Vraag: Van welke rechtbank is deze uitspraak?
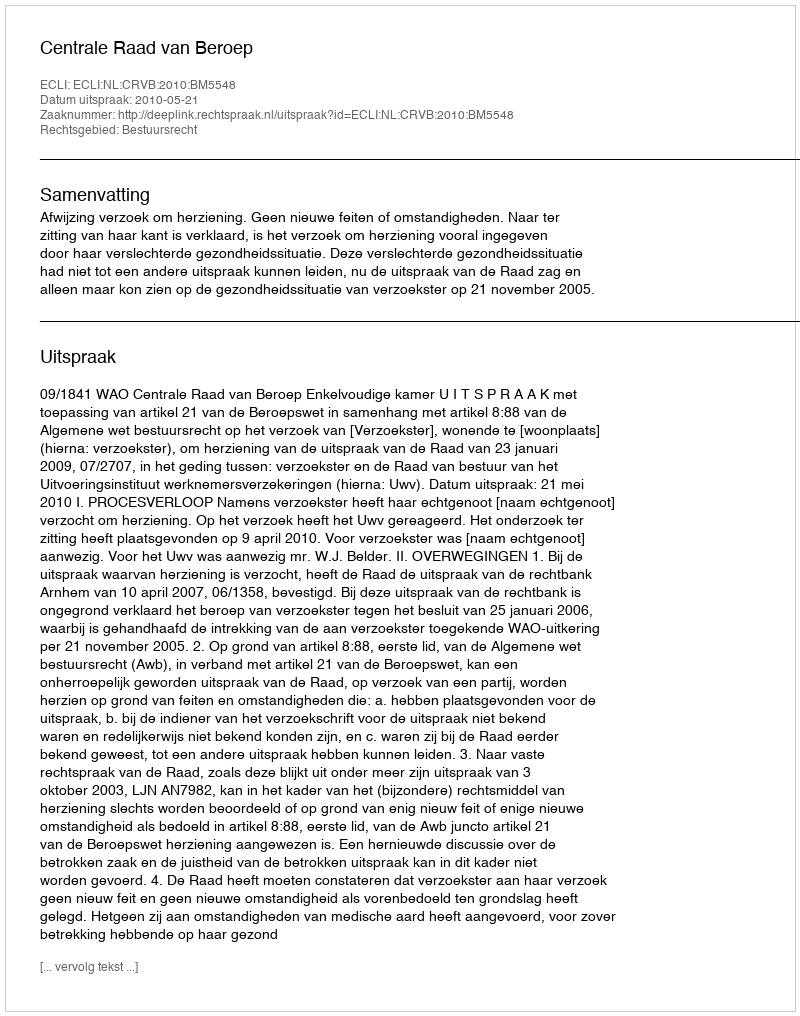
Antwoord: Centrale Raad van Beroep